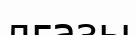
лғазы